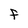
Character: F